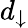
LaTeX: d_{\downarrow}